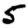
Digit: 5